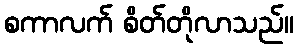
စကာလက် စိတ်တိုလာသည်။